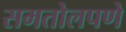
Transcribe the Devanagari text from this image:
समतोलपणे